Report of the Indian Hemp Drugs Commission, 1894-1895 - Volume I
Year: 1894
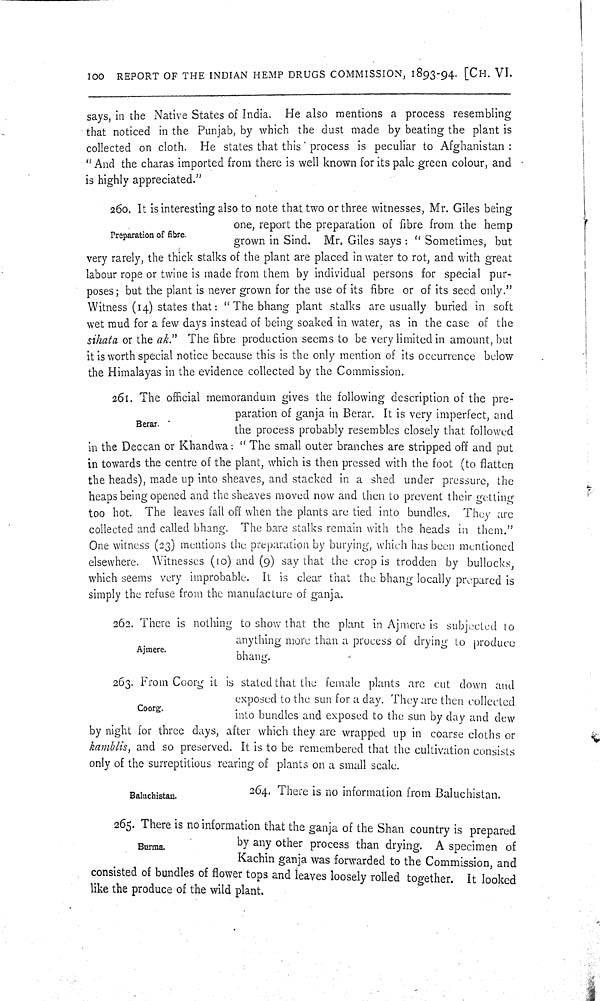
100 REPORT OF THE INDIAN HEMP DRUGS COMMISSION, 1893-94. [CH. VI.
says, in the Native States of India. He also mentions a process resembling
that noticed in the Punjab, by which the dust made by beating the plant is
collected on cloth. He stales that this process is peculiar to Afghanistan:
"And the charas imported from there is well known for its pale green colour, and
is highly appreciated."
260. It is interesting also to note that two or three witnesses, Mr. Giles being
one, report the preparation of fibre from the hemp
Preparation of
fibre.
grown in Sind. Mr. Giles says: "Sometimes, but
very rarely, the thick stalks of the plant are placed in water to rot, and with great
labour rope or twine is made from them by individual persons for special pur¬
poses; but the plant is never grown for the use of its fibre or of its seed only."
Witness (14) states that: "The bhang plant stalks are usually buried in soft
wet mud for a few days instead of being soaked in water, as in the case of the
sihata or the ak." The fibre production seems to be very limited in amount, but
it is worth special notice because this is the only mention of its occurrence below
the Himalayas in the evidence collected by the Commission.
261. The official memorandum gives the following description of the pre¬
paration of ganja in Berar. It is very imperfect, and
Berar.
the process probably resembles closely that followed
in the Deccan or Khandwa: "The small outer branches are stripped off and put
in towards the centre of the plant, which is then pressed with the foot (to flatten
the heads), made up into sheaves, and stacked in a shed under pressure, the
heaps being opened and the sheaves moved now and then to prevent their getting
too hot. The leaves fall off when the plants are tied into bundles. They are
collected and called bhang. The bare stalks remain with the heads in them."
One witness (23) mentions the preparation by burying, which has been mentioned
elsewhere. Witnesses (10) and (9) say that the crop is trodden by bullocks,
which seems very improbable. It is clear that the bhang locally prepared is
simply the refuse from the manufacture of ganja.
262. There is nothing to show that the plant in Ajmere is subjected to
anything more than a process of drying to produce
Ajmere.
bhang.
263. From Coorg it is stated that the female plants are cut down and
exposed to the sun for a day. They are then collected
into bundles and exposed to the sun by day and dew
by night for three days, after which they are wrapped up in coarse cloths or
kamblis, and so preserved. It is to be remembered that the cultivation consists
only of the surreptitious rearing of plants on a small scale.
Baluchistan.
264.
There is no information from Baluchistan.
265. There is no information that the ganja of the Shan country is prepared
Burma.
by
any
other
process than drying. A specimen of
Kachin ganja was forwarded to the Commission, and
consisted of bundles of flower tops and leaves loosely rolled together. It looked
like the produce of the wild plant.
Coorg.